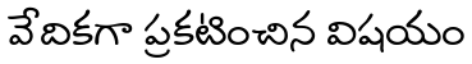
వేదికగా ప్రకటించిన విషయం